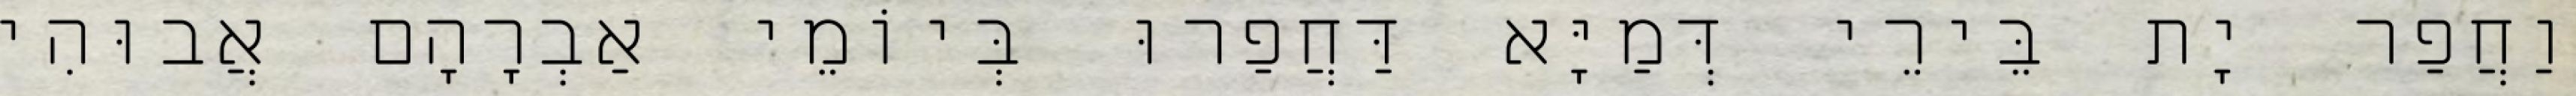
וַחֲפַר יָת בֵּירֵי דְּמַיָּא דַּחֲפַרוּ בְּיוֹמֵי אַבְרָהָם אֲבוּהִי